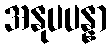
အနုပပန္နာ